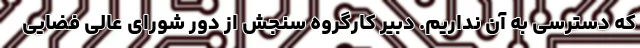
که دسترسی به آن نداریم. دبیر کارگروه سنجش از دور شورای عالی فضایی